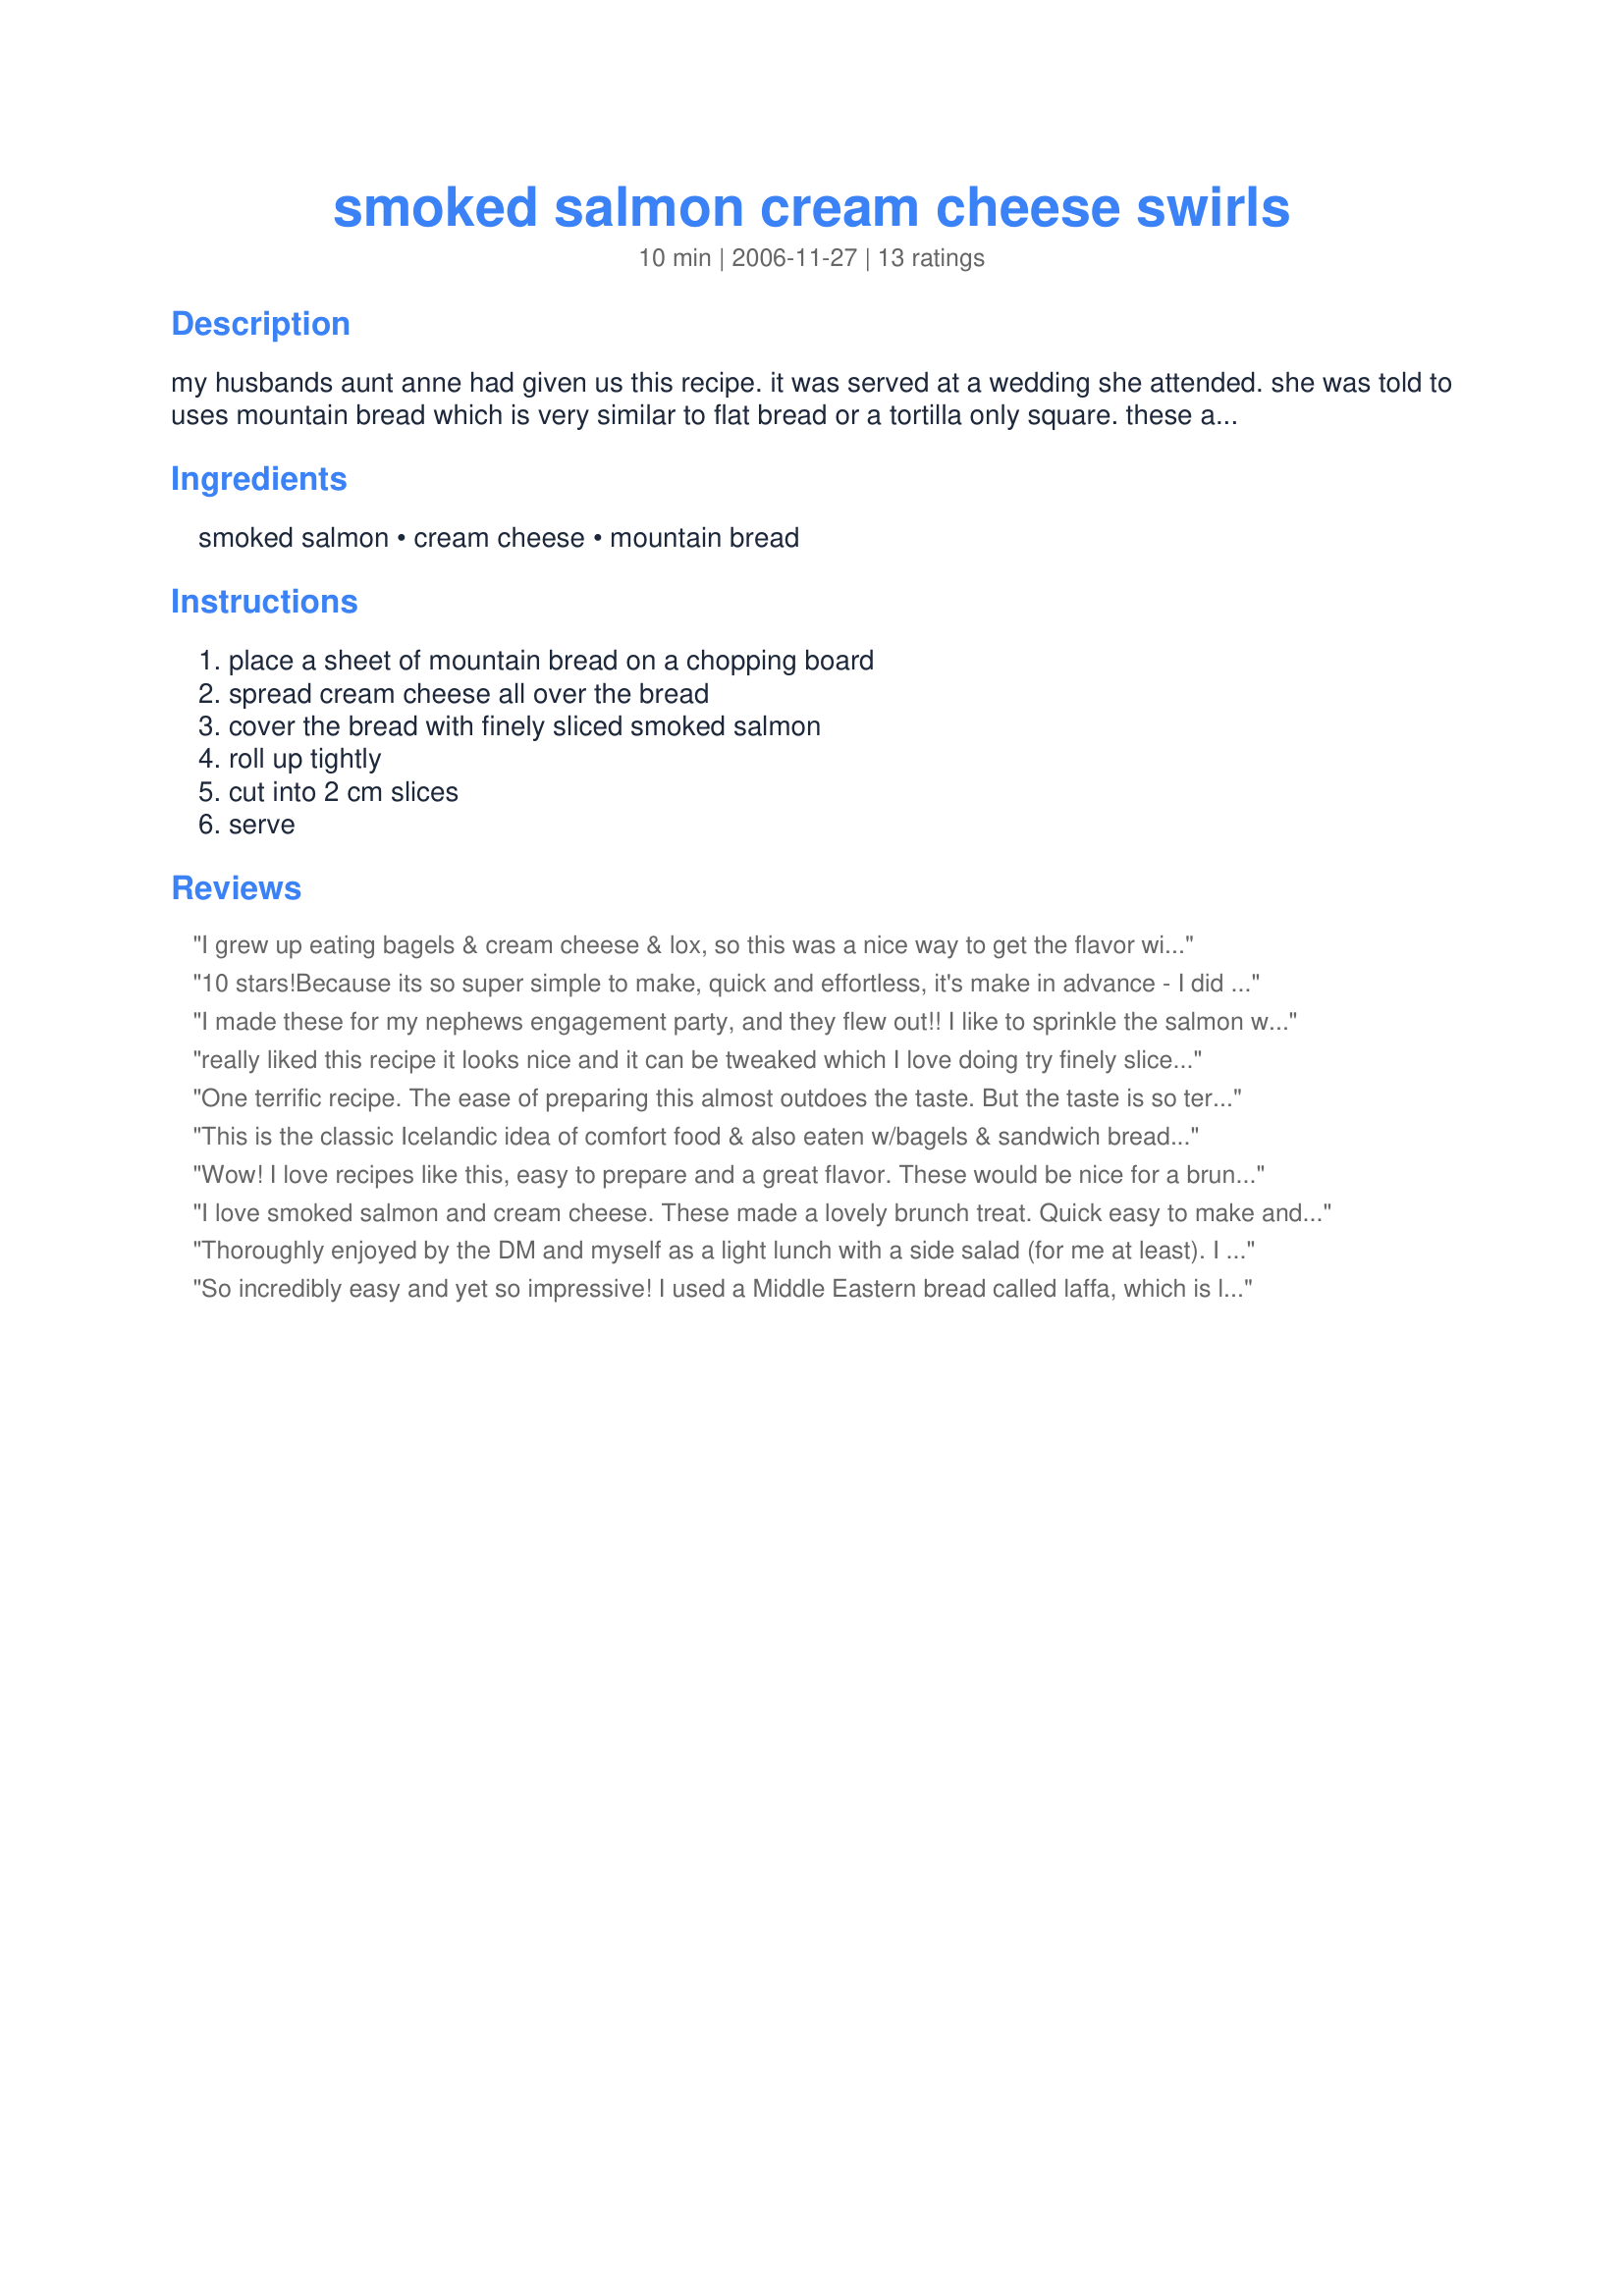
smoked salmon cream cheese swirls
Preparation time: 10 minutes

my husbands aunt anne had given us this recipe. it was served at a wedding she attended. she was told to uses mountain bread which is very similar to flat bread or a tortilla only square. these are very yummy and great for appetizers. they are very easy to make. enjoy.

Ingredients:
smoked salmon, cream cheese, mountain bread

Steps:
place a sheet of mountain bread on a chopping board, spread cream cheese all over the bread, cover the bread with finely sliced smoked salmon, roll up tightly, cut into 2 cm slices, serve

Reviews:
I grew up eating bagels & cream cheese & lox, so this was a nice way to get the flavor without all the bread. I made one small flour tortialla, sliced it up, and had it for lunch, and it was just what I expected. I would change the serving size, since most people would have 2-3, even as appetizers, and it would make the nutritional info more accurate plus give a better feel for how many people this would really serve.
10 stars!Because its so super simple to make, quick and effortless, it's make in advance - I did mine the evening before and rolled them tightly in clingfilm, refridgerated them, then unrolled them and cut them into slices... and best of all.. they started to dissapear even before the buffet table was offically Open and while I was still bringing warm food to the table! Please see my rating system: this ticked all the right boxes for everyone, so 5 stars indeed. Thanks!
I made these for my nephews engagement party, and they flew out!!
I like to sprinkle the salmon with lemon juice, and after they are cut, I sprinkle the rolls with chopped dill.
really liked this recipe it looks nice and it can be tweaked which I love doing 
try finely sliced cucumber nice for a little crunch
One terrific recipe. The ease of preparing this almost outdoes the taste. But the taste is so terrific it over takes the ease. Either way you will be loving this recipe. These are great for a snack, guests, or even yourself standing in front to the fridge deciding what to "pop" into your mouth. I followed this exactly except I added some fresh chives from the garden to the top and also mixed it with the cream cheese. Outstanding, Chef floWer. Will make then often and be eating these often :D Made for *PAC* Spring 2008
This is the classic Icelandic idea of comfort food & also eaten w/bagels & sandwich bread. I made both versions, tortilla for me & flatbread for DH. Simplicity alone recommends the recipe, but it is still simple & better IMO w/the use of dill and/or lemon juice. I also liked the idea of 1 reviewer to add cucumber slices. The amt of smoked salmon seems way off to me. Using over 1 lb of smoked salmon w/just 2 tbsp of cream cheese & 2 sheets of flat bread or tortillas is too much, even for this avid lover of smoked salmon. Rating this was hard for me. I love the basic idea, but feel the recipe can be improved to an unqualified 5*. Thx for sharing this recipe w/us.
Wow! I love recipes like this, easy to prepare and a great flavor. These would be nice for a brunch or appetizer for a party, we had them for supper with a tomato and cucumber salad and they were great that way too.
I love smoked salmon and cream cheese. These made a lovely brunch treat. Quick easy to make and they tasted great. Used a good quality cream cheese and smoked salmon to make this delicious simple recipe. They were all gone before I sat down. Thanks so much for sharing flower.
Thoroughly enjoyed by the DM and myself as a light lunch with a side salad (for me at least). I did add half a mashed avocado to 1 wrap (if doing again I would mix with the cream cheese for better spread), and used wholemeal soft tortillas. Quick and easy to put together and would highly recommend. Thank you Chef floWer, made for Recipe Swap #34 November 2009 Aussie/kiwi forum.
So incredibly easy and yet so impressive! I used a Middle Eastern bread called laffa, which is like a HUGE tortilla. I also added some chopped chives. We had friends over for a movie and I served this up and not a single swirl was left!
EASY!!!! I made these for a bbq/potluck we hosted this weekend. Everyone liked them. I think if I make these again I'll add some fresh spinach or arugula for color. Nice that you can make these ahead of time. :)
These were great and got met with rave reviews from my guests. They were super simple to throw together and tasted fab. I used garlic and herb wraps for the bread and also used garlic and herb cream cheese and they were thoroughly delicious. I served these as part of a finger food night and I also made your Recipe#184153 to go on the table as another of the dishes, which were also met with high praise. I was going to add some avocado like I'm Pat did as I thought that was quite a nice touch but because I made them ahead of time I did not want the avo to go brown before serving but I will try that next time. A super easy yet yummy finger food that will be made again and again. Cheers Chef floWer!!!
I've been doing this recipe for a few years and to spruce it up a litttle bit i also put a little bit of green onions between the creamcheese and the salmon, gives it a little zing
